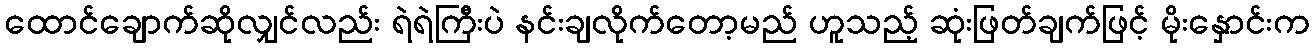
ထောင်ချောက်ဆိုလျှင်လည်း ရဲရဲကြီးပဲ နင်းချလိုက်တော့မည် ဟူသည့် ဆုံးဖြတ်ချက်ဖြင့် မိုးနှောင်းက